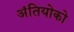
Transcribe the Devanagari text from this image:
अंतियोको